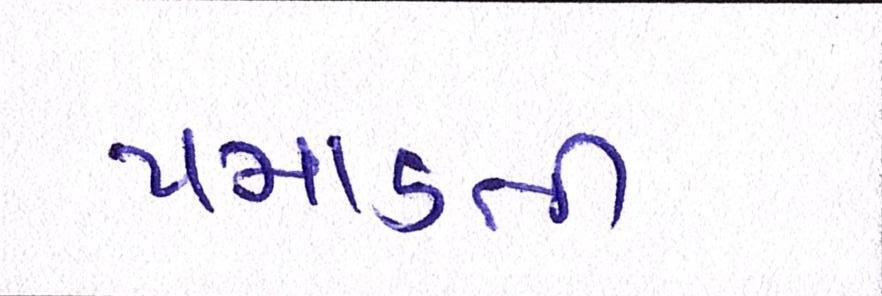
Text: પમાડતી